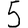
Digit: 5